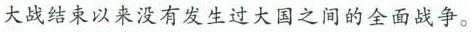
大战结束以来没有发生过大国之间的全面战争。